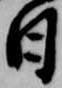
日